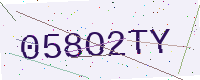
Text: 058O2TY